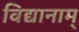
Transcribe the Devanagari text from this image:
विद्यानाम्